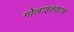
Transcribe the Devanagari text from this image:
गोलाइतकाच